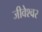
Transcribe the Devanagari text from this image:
जीवेश्वर